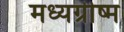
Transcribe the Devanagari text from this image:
मध्यग्रीष्म